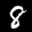
Label: 8